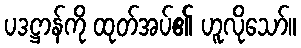
ပဒဋ္ဌာန်ကို ထုတ်အပ်၏ ဟူလိုသော်။